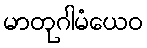
မာတုဂါမံယေဝ